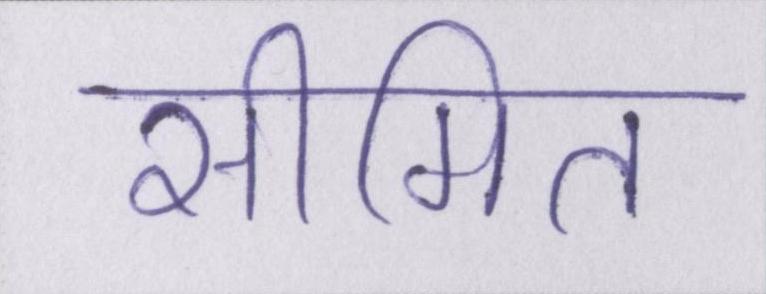
सीमित